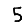
Digit: 5